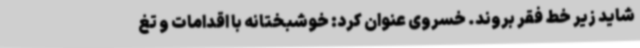
شاید زیر خط فقر بروند. خسروی عنوان کرد: خوشبختانه با اقدامات و تغ